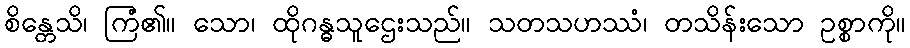
စိန္တေသိ၊ ကြံ၏။ သော၊ ထိုဂန္ဓသူဌေးသည်။ သတသဟဿံ၊ တသိန်းသော ဥစ္စာကို။